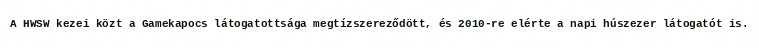
A HWSW kezei közt a Gamekapocs látogatottsága megtízszereződött, és 2010-re elérte a napi húszezer látogatót is.